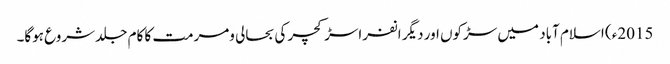
2015ء) اسلام آباد میں سڑکوں اور دیگر انفراسڑکچر کی بحالی ومرمت کا کام جلد شروع ہوگا۔